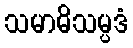
သမာဓိသမ္ပဒံ